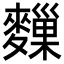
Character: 𪍨